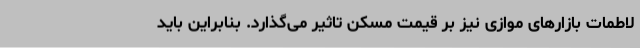
لاطمات بازارهای موازی نیز بر قیمت مسکن تاثیر می‌گذارد. بنابراین باید